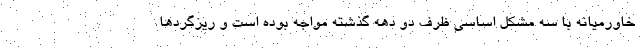
خاورمیانه با سه مشکل اساسی ظرف دو دهه گذشته مواجه بوده است و ریزگردها